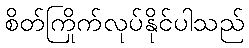
စိတ်ကြိုက်လုပ်နိုင်ပါသည်